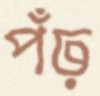
পঁঢ়